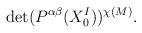
LaTeX: \begin{align*}{\rm det}(P^{\alpha\beta}(X^I_0))^{\chi(M)}.\end{align*}